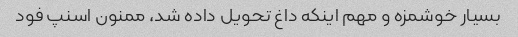
بسیار خوشمزه و مهم اینکه داغ تحویل داده شد، ممنون اسنپ فود